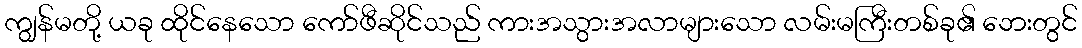
ကျွန်မတို့ ယခု ထိုင်နေသော ကော်ဖီဆိုင်သည် ကားအသွားအလာများသော လမ်းမကြီးတစ်ခု၏ ဘေးတွင်